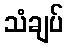
သံချပ်